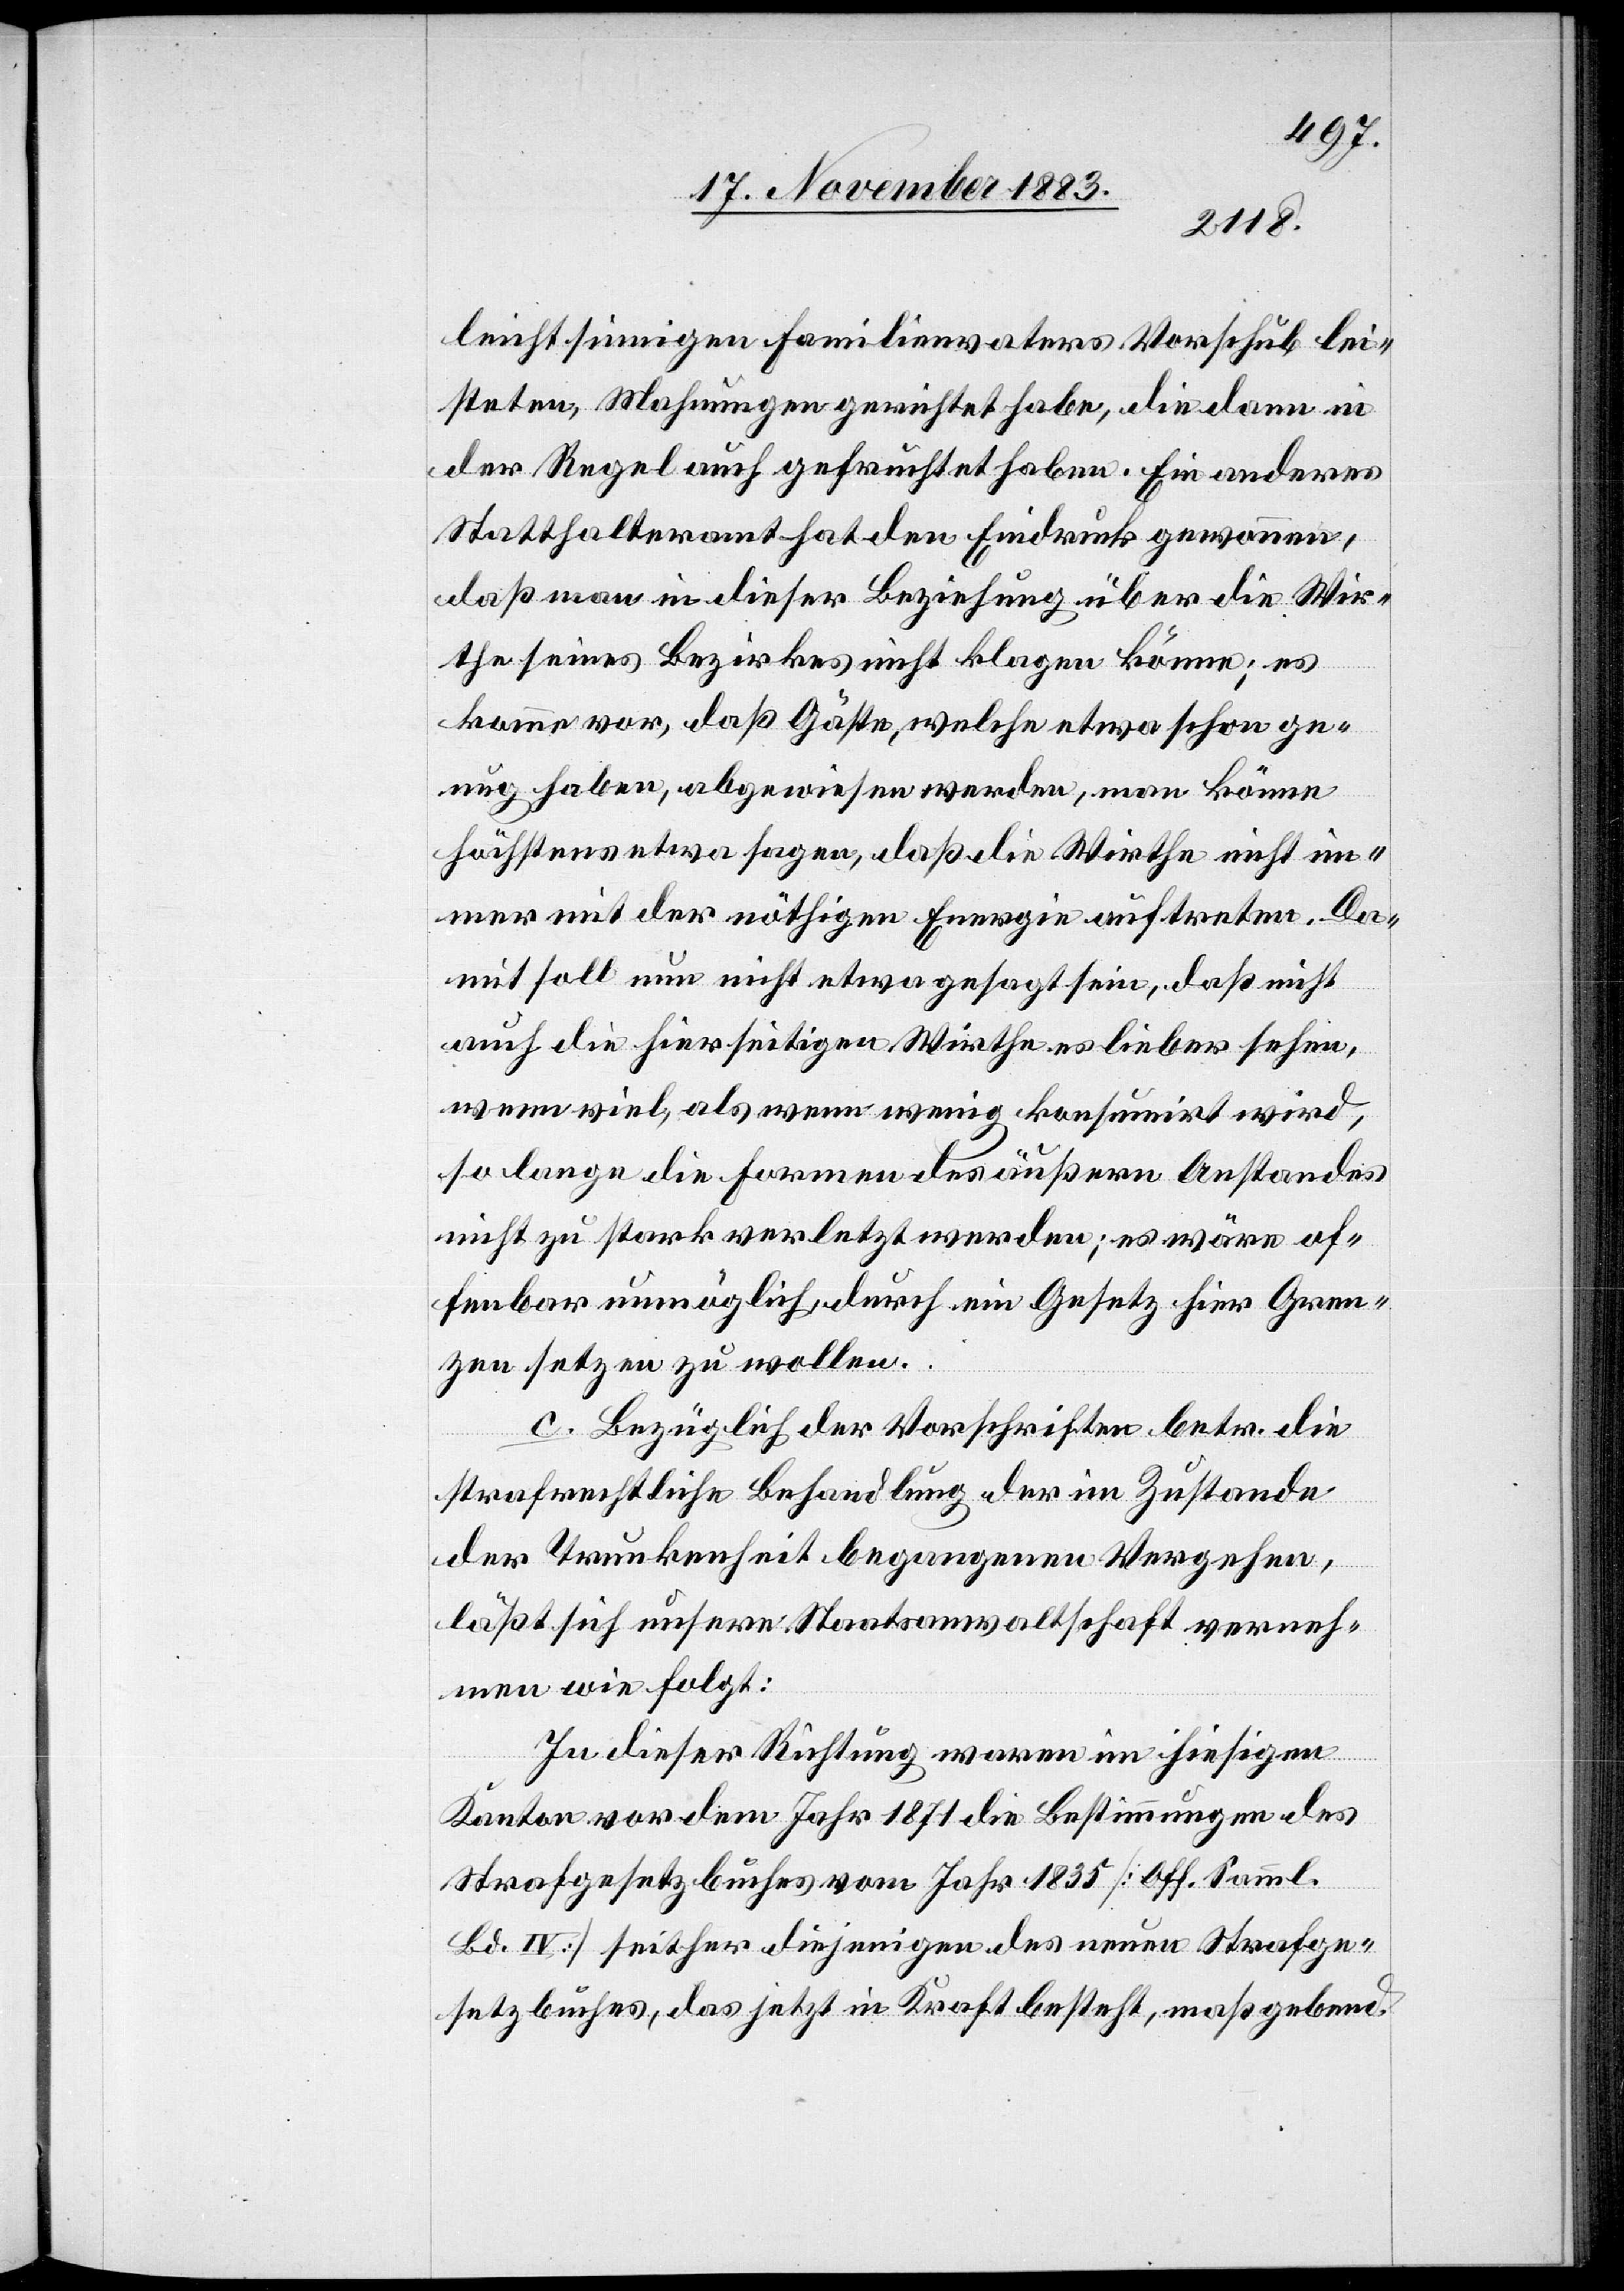
leichtsinnigen Familienvaters Vorschub lei¬
steten, Mahnungen gerichtet habe, die dann in
der Regel auch gefruchtet haben. Ein anderes
Statthalteramt hat den Eindruck gewonnen,
daß man in dieser Beziehung über die Wir¬
the seines Bezirkes nicht klagen könne; es
komme vor, daß Gäste, welche etwa schon ge¬
nug haben, abgewiesen werden, man könne
höchstens etwa sagen, daß die Wirthe nicht im¬
mer mit der nöthigen Energie auftreten. Da¬
mit soll nun nicht etwa gesagt sein, daß nicht
auch die hierseitigen Wirthe es lieber sehen,
wenn viel, als wenn wenig konsumirt wird,
so lange die Formen des äußern Anstandes
nicht zu stark verletzt werden; es wäre of¬
fenbar unmöglich, durch ein Gesetz hier Gren¬
zen setzen zu wollen.
c. Bezüglich der Vorschriften betr. die
strafrechtliche Behandlung der im Zustande
der Trunkenheit begangenen Vergehen,
läßt sich unsere Staatsanwaltschaft verneh¬
men wie folgt:
In dieser Richtung waren im hiesigen
Kanton vor dem Jahr 1871 die Bestimmungen des
Strafgesetzbuches vom Jahr 1835 [Off. Samml.
Bd. IV] seither diejenigen des neuen Strafge¬
setzbuches, das jetzt in Kraft besteht, maßgebend.